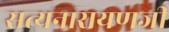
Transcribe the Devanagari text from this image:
सत्यनारायणजी